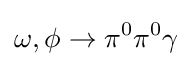
\omega ,\phi \to \pi ^{0}\pi ^{0}\gamma